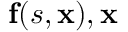
\mathbf { f } ( s , \ensuremath { \mathbf { x } } ) , \ensuremath { \mathbf { x } }